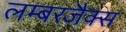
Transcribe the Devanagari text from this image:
लम्बरजैक्स